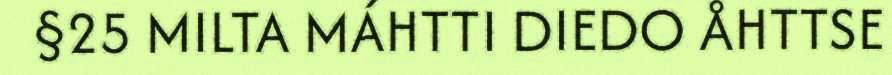
§25 MILTA MÁHTTI DIEDO ÅHTTSE